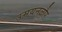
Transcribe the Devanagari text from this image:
उमयनल्लौर